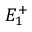
E _ { 1 } ^ { + }